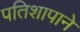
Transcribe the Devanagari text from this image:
पतिशापाने